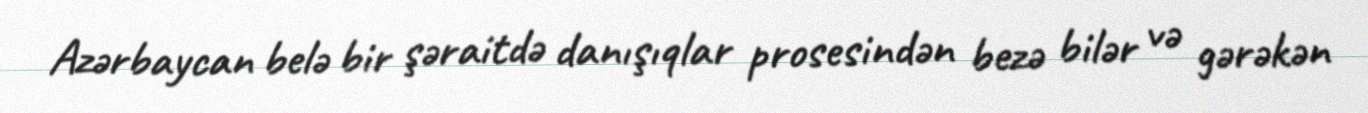
Azərbaycan belə bir şəraitdə danışıqlar prosesindən bezə bilər və gərəkən